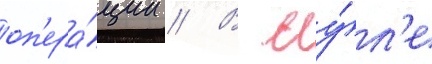
оп'ера́ции // В иу́л'е